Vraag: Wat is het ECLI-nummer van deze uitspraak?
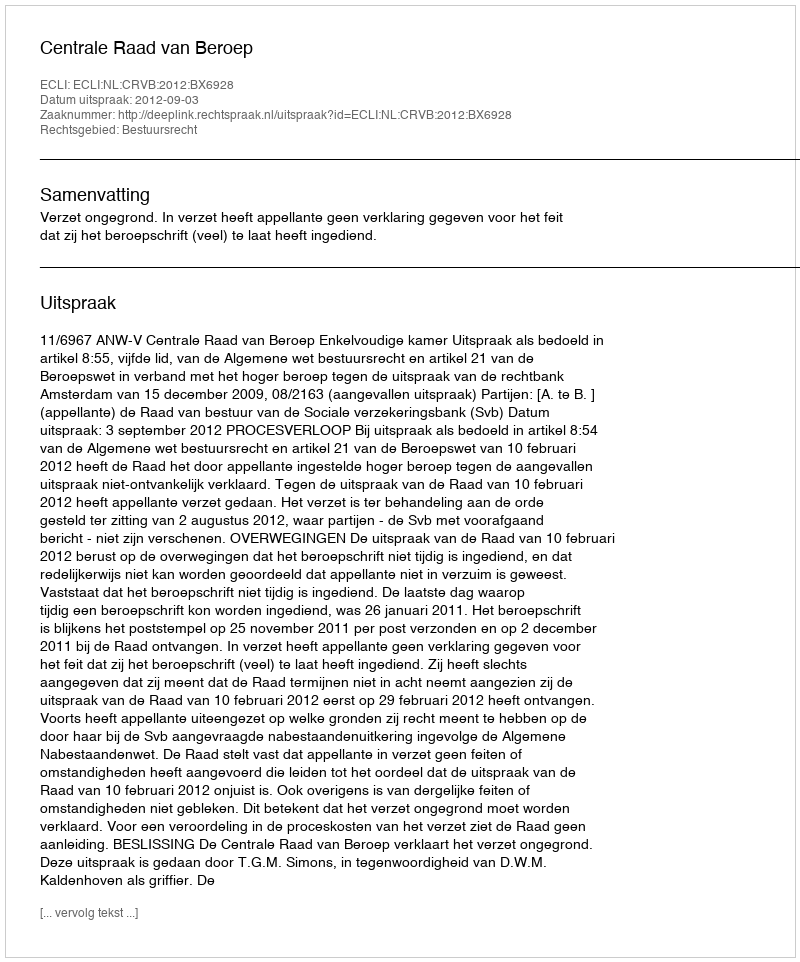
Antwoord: ECLI:NL:CRVB:2012:BX6928